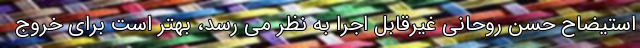
استیضاح حسن روحانی غیرقابل اجرا به نظر می رسد، بهتر است برای خروج